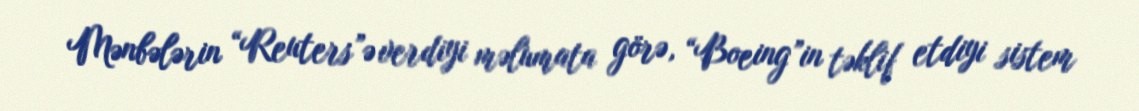
Mənbələrin “Reuters”ə verdiyi məlumata görə, “Boeing”in təklif etdiyi sistem